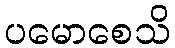
ပမောစေသိ